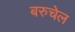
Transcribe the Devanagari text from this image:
बरुचेल